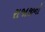
રાજાજીનો